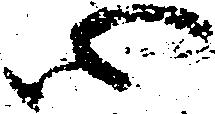
心